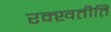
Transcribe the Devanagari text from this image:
रक्खतीति